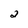
Character: 2